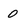
Character: O